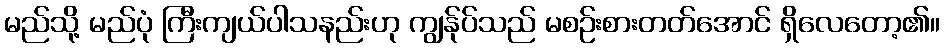
မည်သို့ မည်ပုံ ကြီးကျယ်ပါသနည်းဟု ကျွန်ုပ်သည် မစဉ်းစားတတ်အောင် ရှိလေတော့၏။